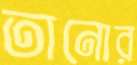
তানোর